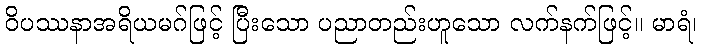
ဝိပဿနာအရိယမဂ်ဖြင့် ပြီးသော ပညာတည်းဟူသော လက်နက်ဖြင့်။ မာရံ၊